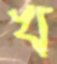
খ